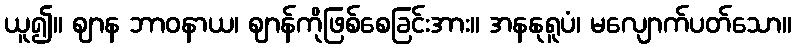
ယူ၍။ ဈာန ဘာဝနာယ၊ ဈာန်ကိုဖြစ်စေခြင်းအား။ အနနုရူပံ၊ မလျောက်ပတ်သော။